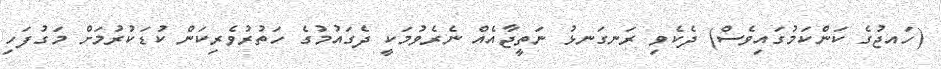
(ހައޖުގެ ކަންކަމުގައިވެސް) ދެކެވި ރަނގަނޅު ނަތީޖާއެއް ނެރެވުމަކީ ދެގައުމުގެ ހަތުރުވެރިކަން ކުޑަކުރުމަށް މަގުފަހި